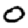
Digit: 0